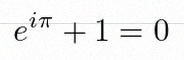
e^{i\pi}+1=0